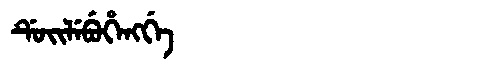
Manchu: ᡩᡠᡳᠯᡝᠪᡠᡥᡝᠩᡤᡝ
Romanization: DUILEBUHENGGE